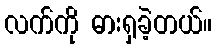
လက်ကို ဓားရှခဲ့တယ်။